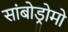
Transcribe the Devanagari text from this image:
सांबोड्रोमो